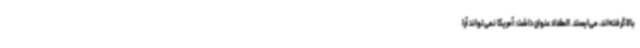
بالا گرفته‌اند، می‌ایستد. المقداد عنوان داشت: آمریکا نمی‌تواند آرا